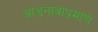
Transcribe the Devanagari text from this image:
आडनावांप्रमाणे